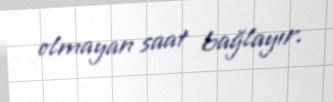
olmayan saat bağlayır.